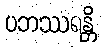
ပဘဿရန္တိ